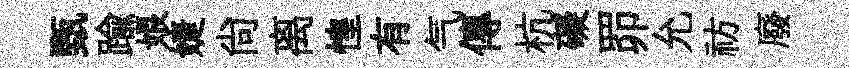
甄踰娘婕尙离惶有气傳杭礙𦊑允祊廢